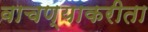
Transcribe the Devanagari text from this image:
वाचण्याकरीता